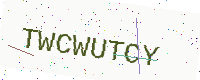
Text: TWCWUTCY